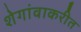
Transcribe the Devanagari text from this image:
शेगांवाकरीत